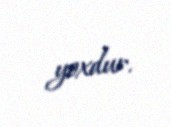
yoxdur.